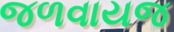
જળવાયજ